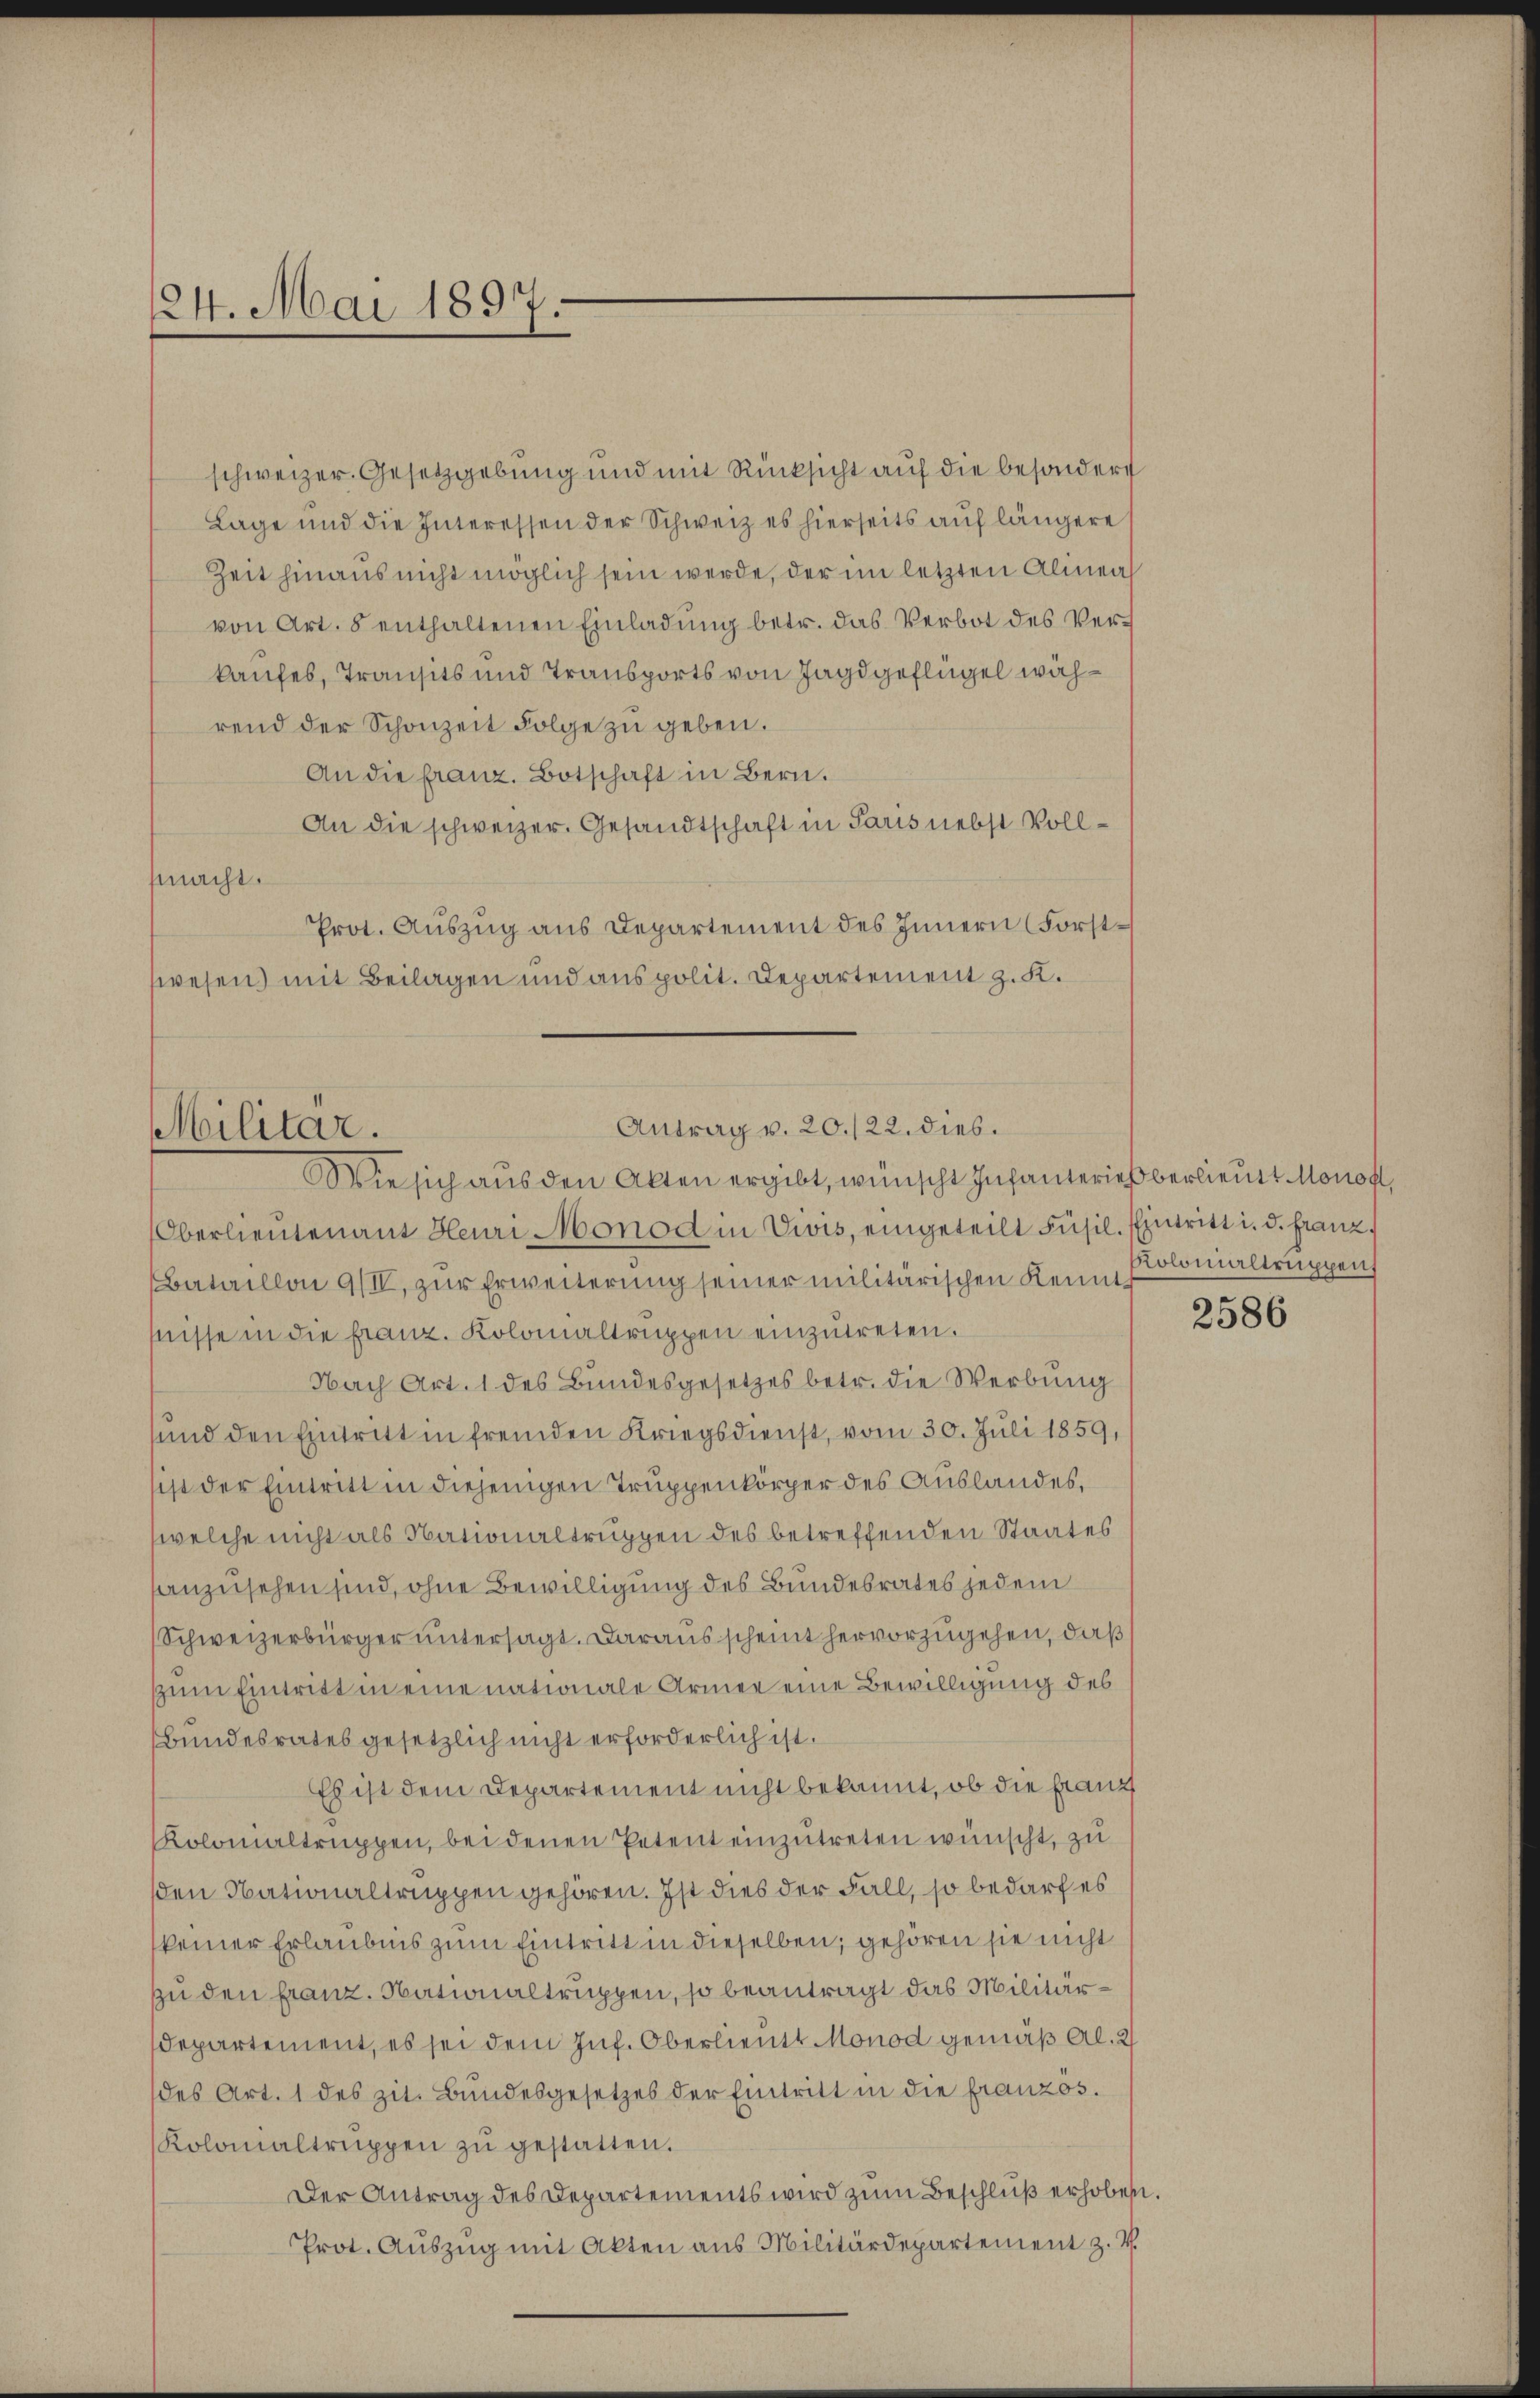
24. Mai 1897.

Oberlieutenant Heuri Monod in Vivis, eingeteilt Füsil. Eintritt i. d. franz
Bataillon 9/II, zŭr Erweiterung seiner militärischen Keine Polonialtruppen
fnisse in die franz. Kolonialtruppen einzutreten.
Nach Art. 1 des Bundesgesetzes betr. die Werbung
und den Eintritt in fremden Kriegsdienst, vom 30. Juli 1859,
ist der Eintritt in diejenigen Truppenkörper des Auslandes,
welche nicht als Nationaltruppen des betreffenden Staates
anzusehen sind, ohne Bewilligung des Bundesrates jedem
Schweizerbürger untersagt. Daraus scheint hervorzugehen, daß
zum Eintritt in eine nationale Armee eine Bewilligung des
Bundesrates gesetzlich nicht erforderlich ist.
Es ist dem Departement nicht bekannt, ob die franz
Kolonialtruppen, bei denen Petent einzutreten wünscht, zu
sden Nationaltruppen gehören. Ist dies der Fall, so bedarf es
keiner Erlaubnis zum Eintritt in dieselben, gehören sie nicht
zu den Franz. Nationaltruppen, so beantragt das Militärdepartement, es sei dem Inf. Oberlieutt Monod gemäß Al. 2
des Art. 1 des zit. Bundesgesetzes der Eintritt in die französ.
Kolonialtruppen zu gestatten.
Der Antrag des Departements wird zum Beschluß erhoben.
Prot. Auszug mit Akten aus Militärdepartement z. V.
.

Antrag v. 20./22. dies.
Militär.
ie sich aus den Akten ergibt, wünscht Infanterieberlieutt Monoft,

schweizer. Gesetzgebung und mit Rücksicht auf die besondere
Lage und die Interessen der Schweiz es hierseits auf längere
Zeit hinaus nicht möglich sein werde, der im letzten Alinea
von Art. 5 enthaltenen Einladung betr. das Verbot des Verkaufes, Transits und Transports von Jagdgeflügel während der Schonzeit Folge zŭ geben.
An die franz. Botschaft in Bern.
An die schweizer. Gesandtschaft in Paris nebst Vollmacht.
Prot. Auszug aus Departement des Innern (Forstwesen) mit Beilagen und aus polit. Departement z. K.

2586